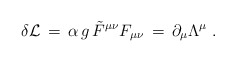
\begin{align*}\delta {\cal L} \,=\, \alpha \, g \,{\tilde F}^{\mu \nu} F_{\mu \nu}\,=\, \partial_{\mu} \Lambda^{\mu} \;.\end{align*}